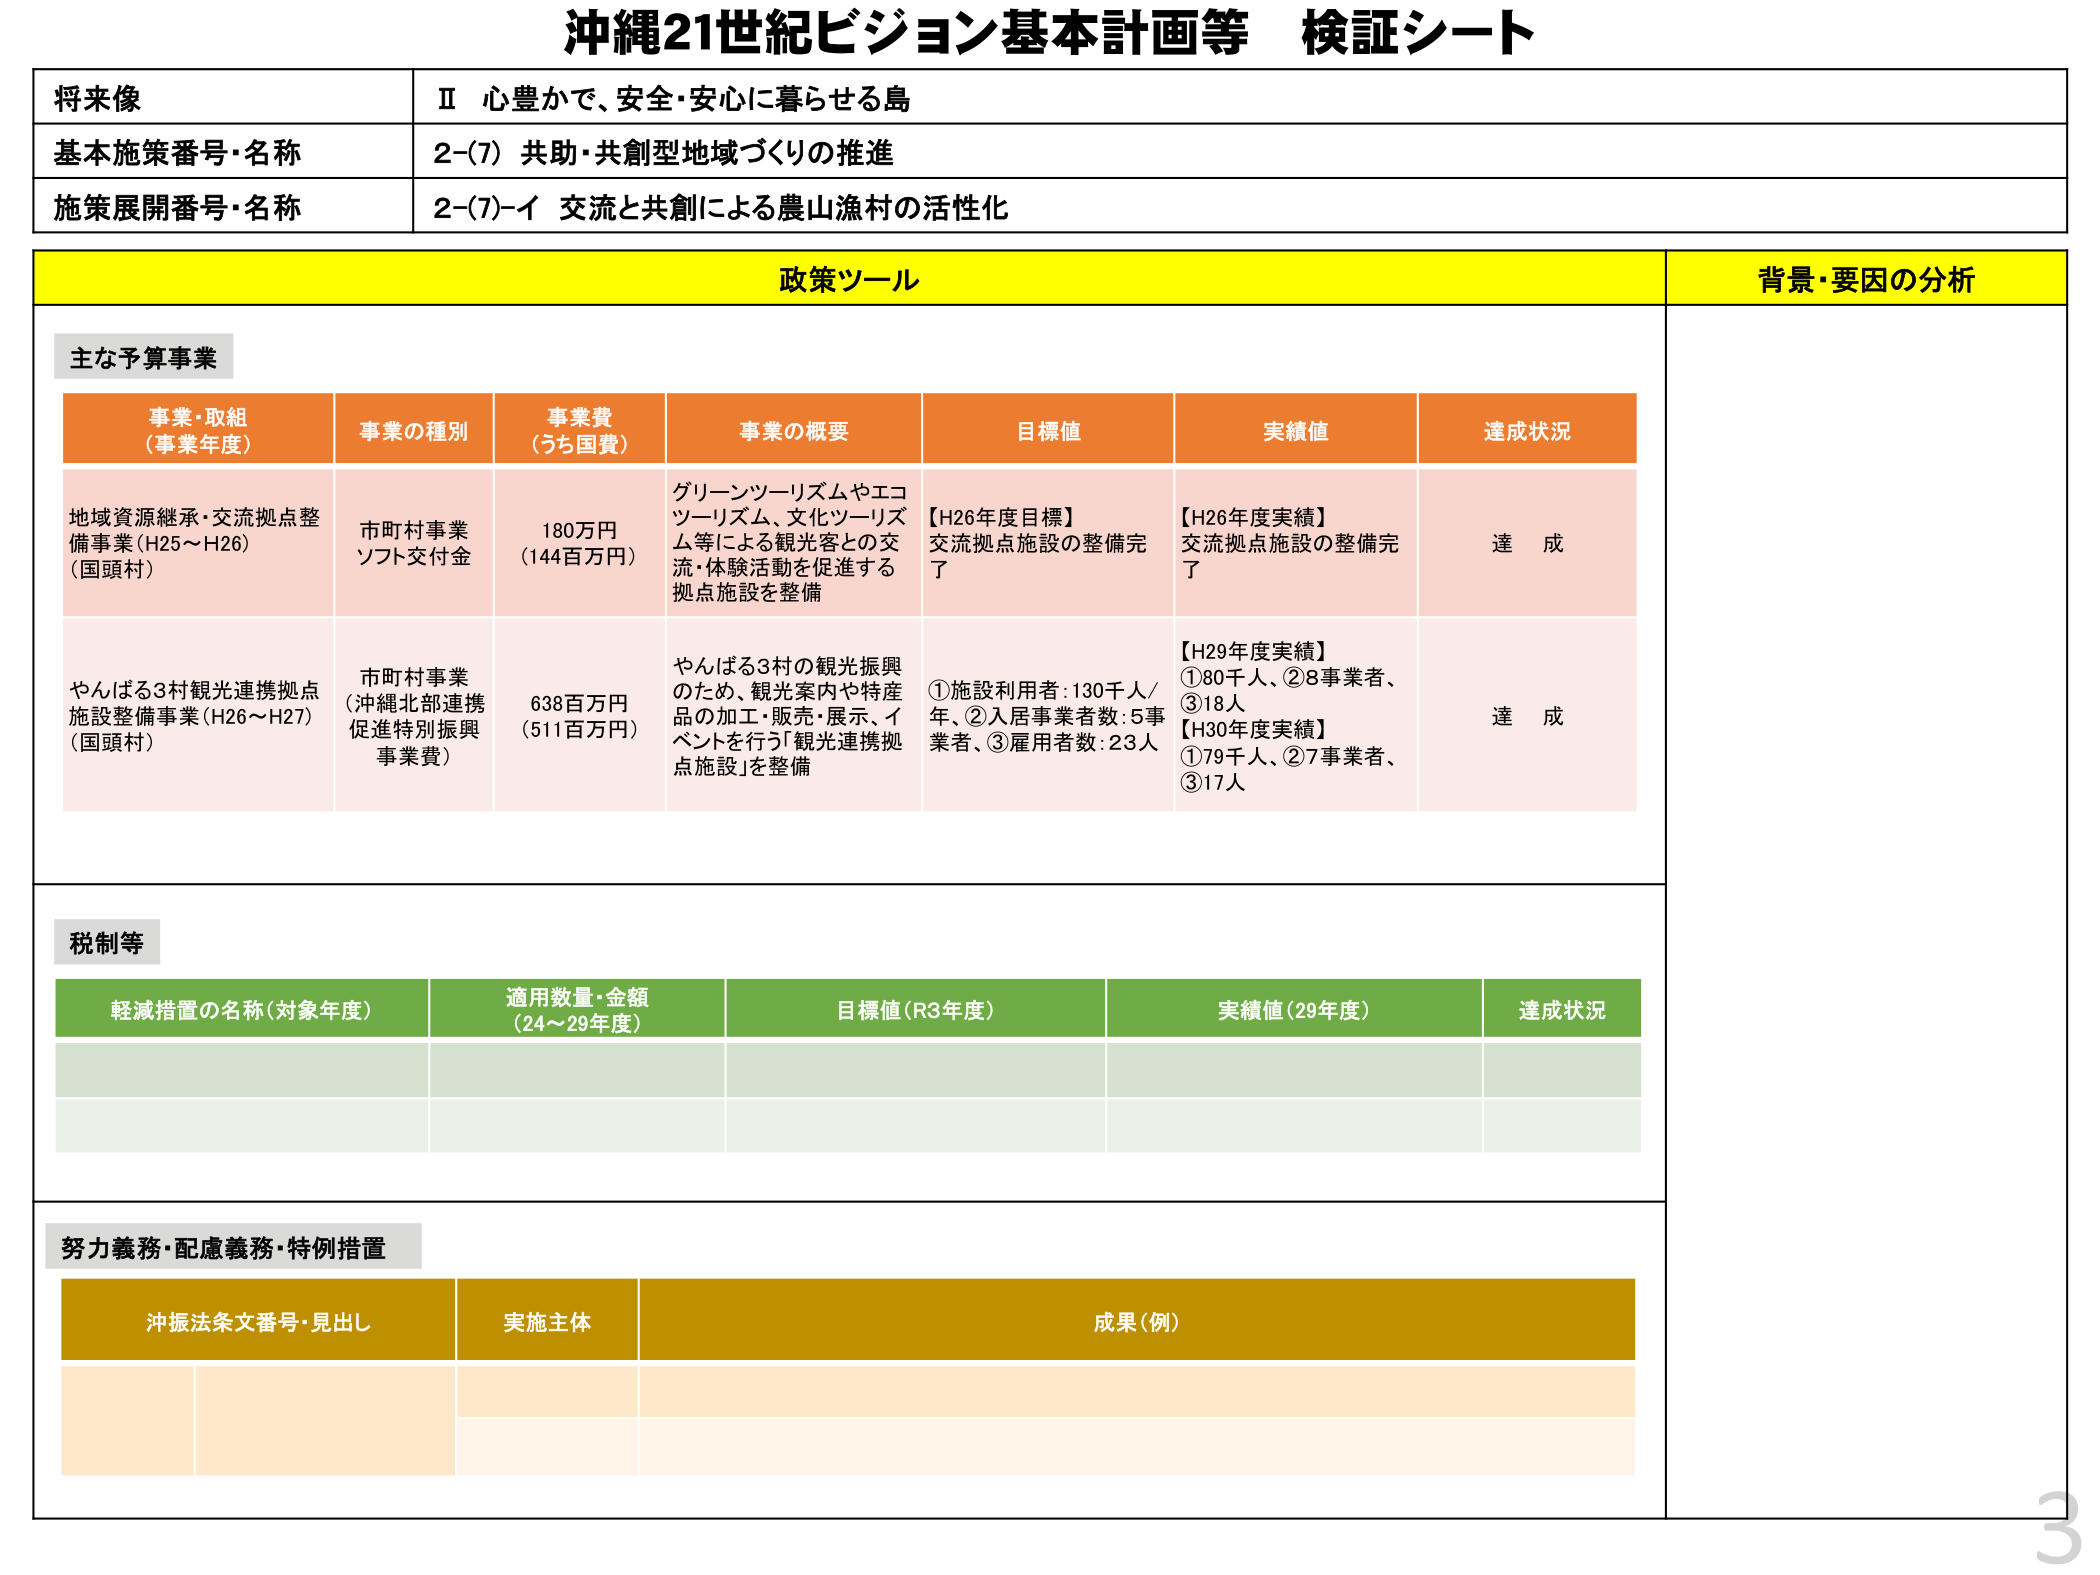
沖縄21世紀ビジョン基本計画等 検証シート

将来像
Ⅱ 心豊かで、安全・安心に暮らせる島

基本施策番号・名称
2-(7) 共助・共創型地域づくりの推進

施策展開番号・名称
2-(7)-イ 交流と共創による農山漁村の活性化

政策ツール
背景・要因の分析

主な予算事業

事業・取組
（事業年度）
事業の種別
事業費
（うち国費）
事業の概要
目標値
実績値
達成状況

地域資源継承・交流拠点整備事業（H25～H26）
（国頭村）
市町村事業
ソフト交付金
180万円
（144百万円）
グリーンツーリズムやエコツーリズム、文化ツーリズム等による観光客との交流・体験活動を促進する拠点施設を整備
【H26年度目標】
交流拠点施設の整備完了
【H26年度実績】
交流拠点施設の整備完了
達成

やんばる3村観光連携拠点施設整備事業（H26～H27）
（国頭村）
市町村事業
（沖縄北部連携促進特別振興事業費）
638百万円
（511百万円）
やんばる3村の観光振興のため、観光案内や特産品の加工・販売・展示、イベントを行う「観光連携拠点施設」を整備
①施設利用者：130千人/年、②入居事業者数：5事業者、③雇用者数：23人
【H29年度実績】
①80千人、②8事業者、③18人
【H30年度実績】
①79千人、②7事業者、③17人
達成

税制等

軽減措置の名称（対象年度）
適用数量・金額
（24～29年度）
目標値（R3年度）
実績値（29年度）
達成状況

努力義務・配慮義務・特例措置

沖振法条文番号・見出し
実施主体
成果（例）

3